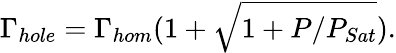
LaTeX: \Gamma_{hole}=\Gamma_{hom}(1+\sqrt{1+P/P_{Sat}}).